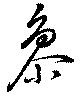
参